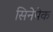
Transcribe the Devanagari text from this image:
सिनेपेक